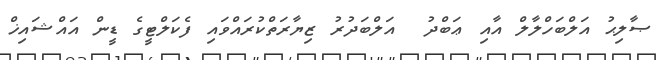
ޞާލިޙު އަލްބަހްލާލް އާއި ޢަބްދު  އަލްބަދުރު ޒިޔާރަތްކުރައްވައި ފެކަލްޓީގެ ޑީން އައްޝައިޚް